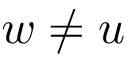
w \neq u